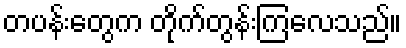
တပန်းတွေက တိုက်တွန်းကြလေသည်။